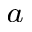
^ { a }